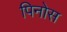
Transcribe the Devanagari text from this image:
पिनोस